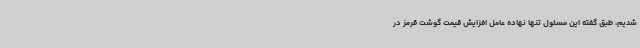
شدیم، طبق گفته این مسئول تنها نهاده عامل افزایش قیمت گوشت قرمز در